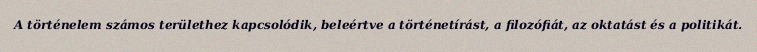
A történelem számos területhez kapcsolódik, beleértve a történetírást, a filozófiát, az oktatást és a politikát.